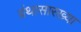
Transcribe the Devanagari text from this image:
ग्रंथासारख्या